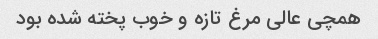
همچی عالی مرغ تازه و خوب پخته شده بود